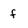
Character: f